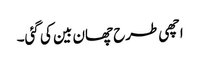
اچھی طرح چھان بین کی گئی۔